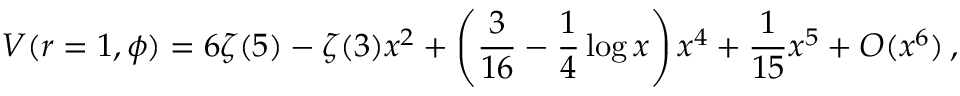
V ( r = 1 , \phi ) = 6 \zeta ( 5 ) - \zeta ( 3 ) x ^ { 2 } + \left( \frac { 3 } { 1 6 } - \frac { 1 } { 4 } \log x \right) x ^ { 4 } + \frac { 1 } { 1 5 } x ^ { 5 } + { \cal O } ( x ^ { 6 } ) \, ,